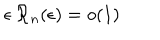
LaTeX: \epsilon \, { \mathcal R } _ { n } ( \epsilon ) = o ( 1 ) \;